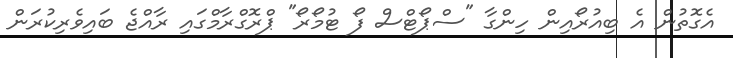
އެގޮތުން އެ ބިއުރޯއިން ހިންގާ "ސްޕޯޓްސް ފޯ ޓުމޯރޯ" ޕްރޮގްރާމްގައި ރާއްޖެ ބައިވެރިކުރަން